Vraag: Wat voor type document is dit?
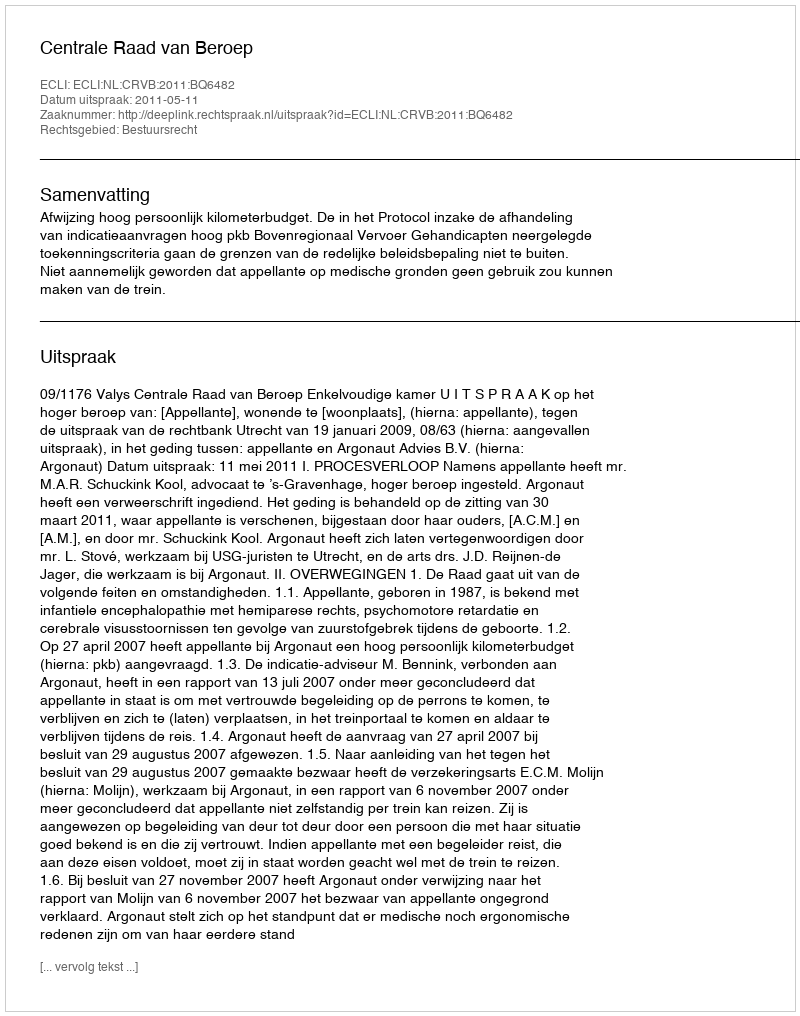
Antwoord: Uitspraak